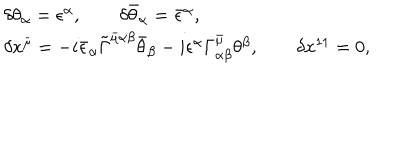
\begin{array} { l } { { \delta \theta _ { \alpha } = \epsilon ^ { \alpha } , \qquad \delta \bar { \theta } _ { \alpha } = \bar { \epsilon } ^ { \alpha } , } } \\ { { \delta x ^ { \bar { \mu } } = - i \bar { \epsilon } _ { \alpha } \tilde { \Gamma } ^ { \bar { \mu } \alpha \beta } \bar { \theta } _ { \beta } - i \epsilon ^ { \alpha } \Gamma _ { \alpha \beta } ^ { \bar { \mu } } \theta ^ { \beta } , \qquad \delta x ^ { 1 1 } = 0 , } } \\ \end{array}